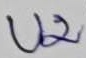
Text: U2